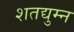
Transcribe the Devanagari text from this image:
शतद्युम्न